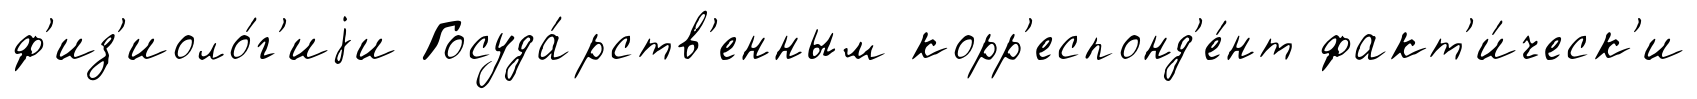
ф'из'иоло́г'иjи Госуда́рств'енным корр'еспонд'е́нт факт'и́ческ'и